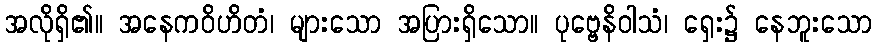
အလိုရှိ၏။ အနေကဝိဟိတံ၊ များသော အပြားရှိသော။ ပုဗ္ဗေနိဝါသံ၊ ရှေး၌ နေဘူးသော